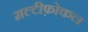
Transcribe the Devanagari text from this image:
मल्टीफ़ोकल